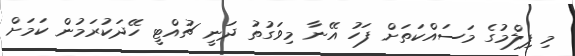
މި ފިލްމުގެ މަސައްކަތަށް ފަހު އޭނާ މިވަގުތު ދަނީ ޗުއްޓީ ހޭދަކުރަމުން ކަމަށް